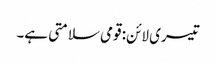
تیسری لائن: قومی سلامتی ہے۔